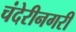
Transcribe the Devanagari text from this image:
चंदेरीनगरी